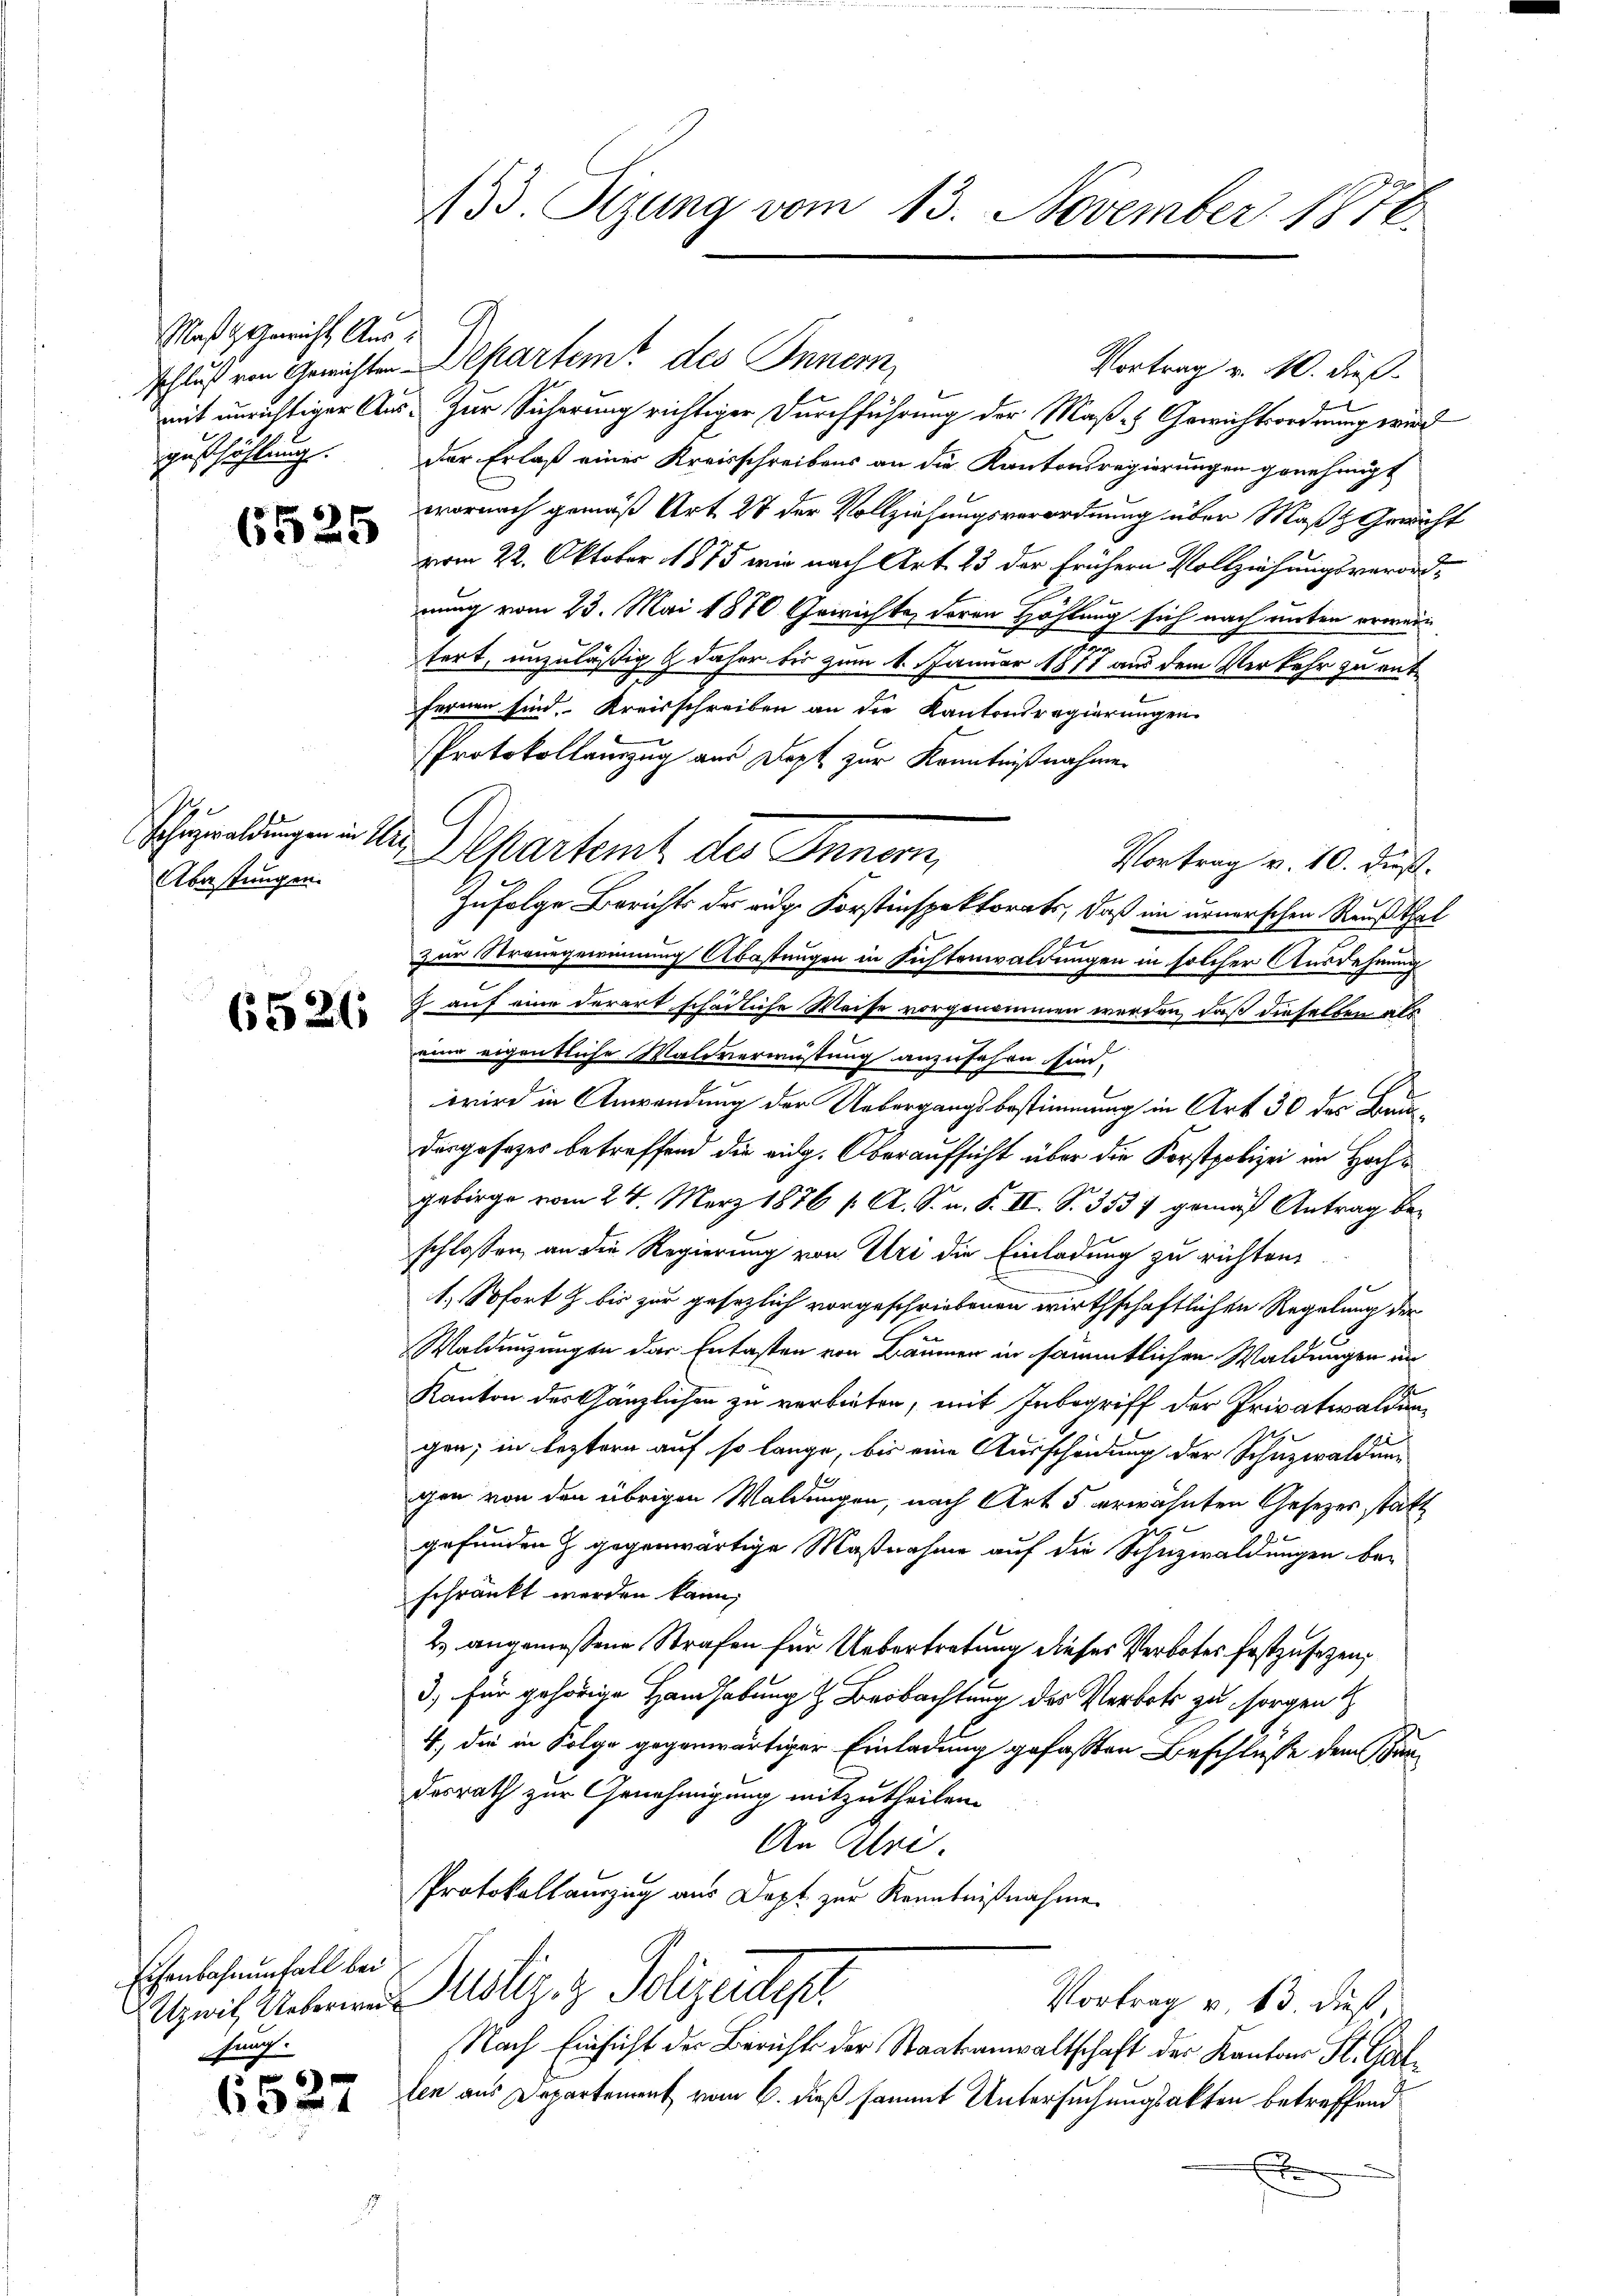
Maßa Gericht Ausmit unrichtiger Ausgusthöhlung.

6525

Fohnzwaldungen in U.
Abastungen.

6526

Eisenbahnunfall bei
Uzwil, Ueberweis
fung.

6527

133. Tizung vom 13. November 1876.

schluss ein Gerichten Departeme des Innern,
Vortrag v. 10. dieß.
Zur Sicherung richtiger Durchführung der Maß- & Gewichtsordnung wird
der Erlaß einer Kreisschreibens an die Kantonsregierungen genehmigt
wornach gemäß Art. 27 der Vollziehungsverordnung über Maßl Gewicht
vom 22. Oktober 1875 wir nach Art. 23 der frühern Vollziehungsverordnung vom 23. Mai 1870 Gewichte, deren Höhlung sich nach unten erwenig
fert, unzuläßig & daher bis zum 4. Januar 1877 aus dem Verkehr zu entfernen sind. Kreisschreiben an die Kantonsregierungen
Protokollauszug aus Dept zur Kenntnißnahmen
Vortrag v. 10. dieß.
Zufolge Berichts der auge Forstinspektorats, daß in unnerschen Reußthal
t
zur Strangewinnung Abastungen in sichtenwaldungen in solcher Ausdehnung
 auf eine derart schädliche Weise vorgenommen werden, daß dieselben als
eine eigentliche Waldverwüstung anzufahren sind.
wird in Anwendung der Uebergangsbestimmung in Art 30 des Bundergesezes betreffend die eidg. Oberaufsicht über die Korstpolizei im Hochgebirge vom 24. März 1876 f. A. S. n. F. II. S. 3537 gemäß Antrag be-
schlossen, an die Regierung von Uri die Einladung zu richten
1. Sofort & bis zur gesezlich vorgeschriebenen wirthschaftlichen Regelung der
Waldenzungen der Entasten von Bäumen in sämmtlichen Waldungen un
Kanton des Gänzlichen zu verbieten, mit Inbegriff der Privatwaldungen; in leztern auf so lange, bis eine Ausscheidung der Schuzwaldung
gen von den übrigen Waldungen, nach Art 5 erwähnten Gesetzes statt
gefunden & gegenwärtige Maßnahme auf die Schnzwaldungen beschränkt werden kann,
2.) angemessene Strafen für Uebertretung dieses Verbotes festzusetzen,
3) für gehörige Handhabung & Beobachtung des Verbote zu sorgen
4., die in Folge gegenwärtiger Einladung gefassten Beschlusse dem Sandesrath zur Genehmigung mitzutheilen.
An Uri.
Protokollanzug aus Dapt zur Kenntnißnahme
Justiz & Polizeidigt
Vortrag v. 13. dieß,
Nach Einsicht der Bericht der Staatsanwaltschaft der Kantons St. Gallen aus Departement vom 6. dieß sammt Untersuchungsakten betreffend
x

Departent des Innern,